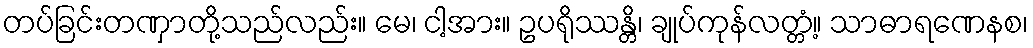
တပ်ခြင်းတဏှာတို့သည်လည်း။ မေ၊ ငါ့အား။ ဥပရိုဿန္တိ၊ ချုပ်ကုန်လတ္တံ့။ သာဓာရဏေနစ၊